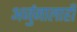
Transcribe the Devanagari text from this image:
अर्जुनालाही